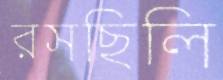
রসছিলি